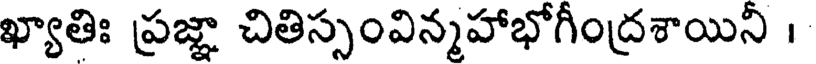
ఖ్యాతిః ప్రజ్ఞా చితిస్సంవిన్మహాభోగీంద్రశాయిని ।